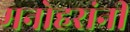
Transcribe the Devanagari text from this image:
मनोहरांनी